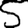
Digit: 5